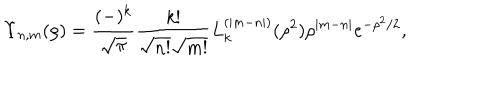
\Upsilon _ { n , m } ( \rho ) = \frac { ( - ) ^ { k } } { \sqrt { \pi } } \frac { k ! } { \sqrt { n ! } \sqrt { m ! } } L _ { k } ^ { ( | m - n | ) } ( \rho ^ { 2 } ) \rho ^ { | m - n | } e ^ { - \rho ^ { 2 } / 2 } ,